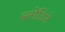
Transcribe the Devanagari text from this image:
ब्लोंडिने